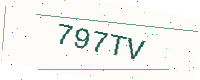
Text: 797TV